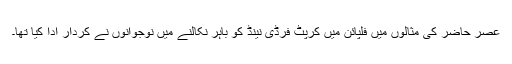
عصر حاضر کی مثالوں میں فلپائن میں کرپٹ فرڈی نینڈ کو باہر نکالنے میں نوجوانوں نے کردار ادا کیا تھا۔